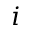
i